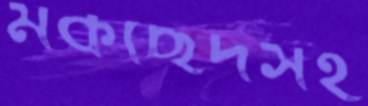
মকছেদসহ